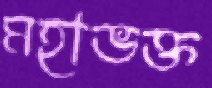
মহাভক্ত